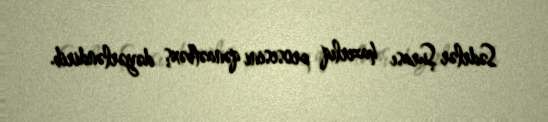
Sədrlər Şurası hazırlıq prosesini qənaətbəxş dəyərləndirib.